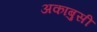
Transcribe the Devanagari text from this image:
अकाबुसी